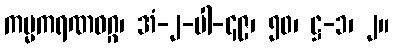
ကမ္မကရဏဝဂ္ဂ၊ အံ-၂-ပါ-၄၉၊ ၅၀၊ ဋ္ဌ-၁၊ ၂။